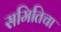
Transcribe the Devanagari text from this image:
समितिचा